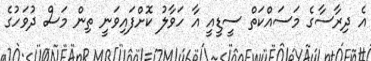
އެ ދިރާސާގެ މަސައްކަތް ސީޑީއީ އާ ހަވާލު ކޮށްފައިވަނީ ތިން މަސް ދުވަހުގެ